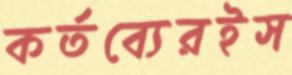
কর্তব্যেরইস